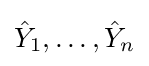
{\hat {Y}}_{1},\dots ,{\hat {Y}}_{n}